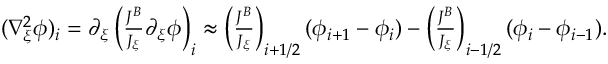
\begin{array} { r } { ( \nabla _ { \xi } ^ { 2 } \phi ) _ { i } = \partial _ { \xi } \left( \frac { J ^ { B } } { J _ { \xi } } \partial _ { \xi } \phi \right) _ { i } \approx \left( \frac { J ^ { B } } { J _ { \xi } } \right) _ { i + 1 / 2 } ( \phi _ { i + 1 } - \phi _ { i } ) - \left( \frac { J ^ { B } } { J _ { \xi } } \right) _ { i - 1 / 2 } ( \phi _ { i } - \phi _ { i - 1 } ) . } \end{array}